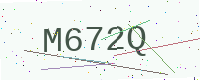
Text: M672Q